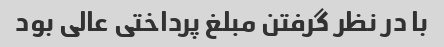
با در نظر گرفتن مبلغ پرداختی عالی بود